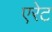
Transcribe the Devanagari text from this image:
एरेट